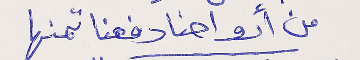
من أرواحنا دفعنا تمنها